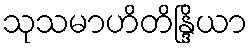
သုသမာဟိတိန္ဒြိယာ